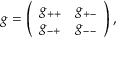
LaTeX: g = \left( \begin{array} { c c } { { g _ { + + } } } & { { g _ { + - } } } \\ { { g _ { - + } } } & { { g _ { -- } } } \end{array} \right) ,